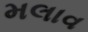
મલાવ